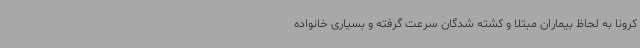
کرونا به لحاظ بیماران مبتلا و کشته شدگان سرعت گرفته و بسیاری خانواده